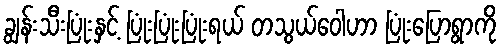
ချွန်းသီးပြုံးနှင့် ပြုံးပြုံးပြုံးရယ် တသွယ်ဝေါဟာ ပြုံးပြောရွာကို